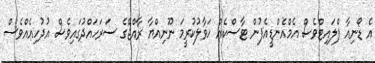
އެ ޑޯނިއާ ފްލައިޓްވެސް އެމްއެންޑީއެފުން ޓާސްކެއް ހަވާލުކުރީމަ ނޫނިއްޔާ ރާއްޖޭގެ ސަރަހައްދުގައިވެސް އުދުހިއެއްވެސް